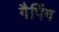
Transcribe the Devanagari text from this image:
गैपिंग